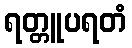
ရတ္တူပရတံ